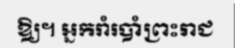
ឱ្យ។ អ្នករាំរបាំព្រះរាជ